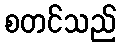
စတင်သည်